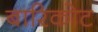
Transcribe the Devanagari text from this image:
बारिकोट